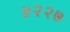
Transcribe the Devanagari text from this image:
४२२७